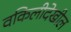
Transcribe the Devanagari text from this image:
वकिलीदेखील